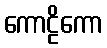
ကောဠိကော